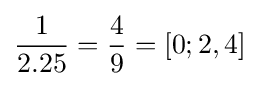
{\frac {1}{2.25}}={\frac {4}{9}}=[0;2,4]